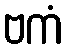
ဗကံ